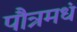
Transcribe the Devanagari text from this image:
पौत्रमधं